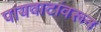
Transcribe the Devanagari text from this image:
पायवाटांवरून